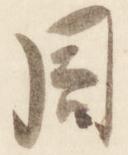
周